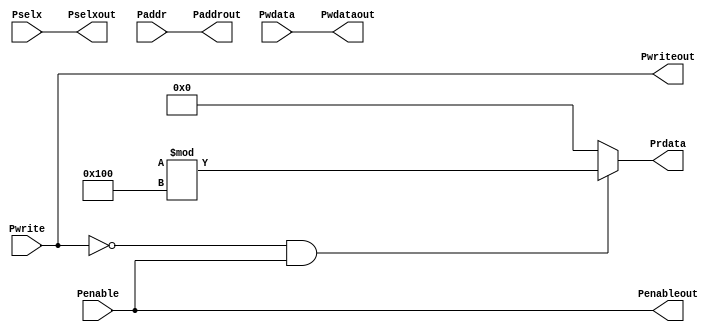
// AHB to APG Bridge | Maven Silicon
//
//
//
// AHB Master
//
// By-Prajwal Kumar Sahu

module APB_Interface(Pwrite,Pselx,Penable,Paddr,Pwdata,Pwriteout,Pselxout,Penableout,Paddrout,Pwdataout,Prdata);

input Pwrite,Penable;
input [2:0] Pselx;
input [31:0] Pwdata,Paddr;

output Pwriteout,Penableout;
output [2:0] Pselxout;
output [31:0] Pwdataout,Paddrout;
output reg [31:0] Prdata;

assign Penableout=Penable;
assign Pselxout=Pselx;
assign Pwriteout=Pwrite;
assign Paddrout=Paddr;
assign Pwdataout=Pwdata;

always @(*)
 begin
  if (~Pwrite && Penable)
   Prdata=($random)%256;
  else
   Prdata=0;
 end

endmodule